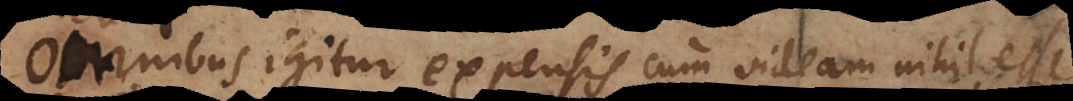
Omnibus igitur expensis, cum videam nihil esse